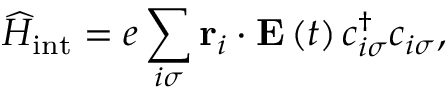
\widehat { H } _ { \mathrm { i n t } } = e \sum _ { i \sigma } \mathbf { r } _ { i } \cdot \mathbf { E } \left( t \right) c _ { i \sigma } ^ { \dagger } c _ { i \sigma } ,